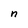
Character: n